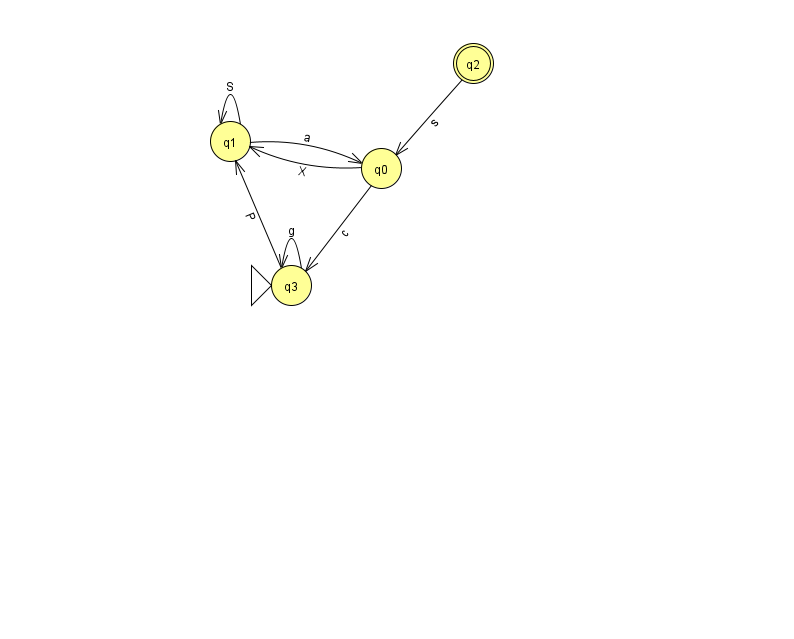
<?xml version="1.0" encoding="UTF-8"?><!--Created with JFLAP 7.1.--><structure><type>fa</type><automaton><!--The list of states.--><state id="0" name="q0"><x>381.0</x><y>155.0</y></state><state id="1" name="q1"><x>230.0</x><y>128.0</y></state><state id="2" name="q2"><x>473.0</x><y>50.0</y><final/></state><state id="3" name="q3"><x>291.0</x><y>272.0</y><initial/></state><!--The list of transitions.--><transition><from>0</from><to>3</to><read>c</read></transition><transition><from>1</from><to>1</to><read>S</read></transition><transition><from>2</from><to>0</to><read>s</read></transition><transition><from>0</from><to>1</to><read>X</read></transition><transition><from>3</from><to>3</to><read>g</read></transition><transition><from>3</from><to>1</to><read>P</read></transition><transition><from>1</from><to>0</to><read>a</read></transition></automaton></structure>